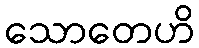
သောတေဟိ